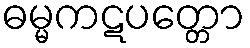
ဓမ္မကဋပတ္တော